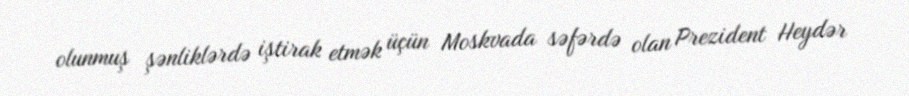
olunmuş şənliklərdə iştirak etmək üçün Moskvada səfərdə olan Prezident Heydər